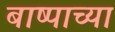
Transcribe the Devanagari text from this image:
बाष्पाच्या